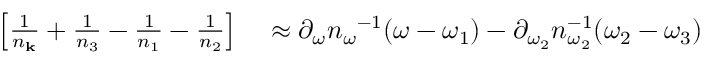
\begin{array} { r l } { \left[ \frac { 1 } { n _ { \bf k } } + \frac { 1 } { n _ { 3 } } - \frac { 1 } { n _ { 1 } } - \frac { 1 } { n _ { 2 } } \right] } & { { } \approx \partial _ { \omega } { n _ { \omega } } ^ { - 1 } ( \omega - \omega _ { 1 } ) - \partial _ { \omega _ { 2 } } n _ { \omega _ { 2 } } ^ { - 1 } ( \omega _ { 2 } - \omega _ { 3 } ) } \end{array}